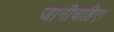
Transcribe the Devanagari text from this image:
जानीचाहिए।